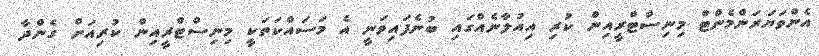
އެންވަޔަރަންމެންޓް މިނިސްޓްރީއިން ކުރި އިއުލާނެއްގައި ބުނެފައިވަނީ އެ މަސައްކަތަކީ މިނިސްޓްރީއިން ކުރިއަށް ގެންދާ